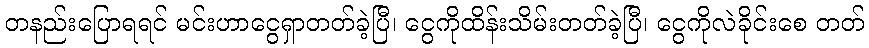
တနည်းပြောရရင် မင်းဟာငွေရှာတတ်ခဲ့ပြီ၊ ငွေကိုထိန်းသိမ်းတတ်ခဲ့ပြီ၊ ငွေကိုလဲခိုင်းစေ တတ်